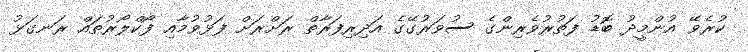
ކުރެވޭ އުންމީދު ބޮޑު ފަތުރުވެރިންގެ ސުވަރުގޭގެ އަދިރިފަރާތް ރަށްރަށް ފަޅުވުމާއި ފޯކްލޯރުތައް ރަނގަޅު